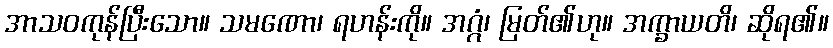
အာသဝကုန်ပြီးသော။ သမဏော၊ ရဟန်းကို။ အဂ္ဂံ၊ မြတ်၏ဟု။ အက္ခာယတိ၊ ဆိုရ၏။